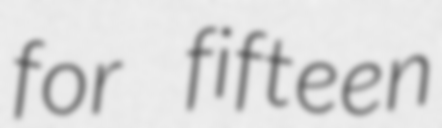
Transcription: for fifteen